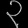
Digit: ၃